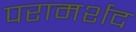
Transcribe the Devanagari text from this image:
परामर्शद